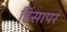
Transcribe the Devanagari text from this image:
हिंसापर